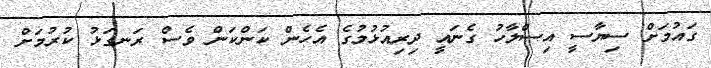
ގައުމަށް ސިޔާސީ އިސްލާހު ގެނައީ ދިރިއުޅުމުގެ އެހެން ކަންކަން ވެސް ރަނގަޅު ކުރުމަށް